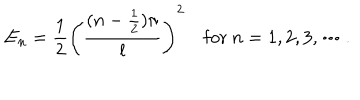
LaTeX: E _ { n } = \frac { 1 } { 2 } \left( \frac { ( n - \frac { 1 } { 2 } ) \pi } { l } \right) ^ { 2 } ~ \mathrm { f o r } ~ n = 1 , 2 , 3 , \cdots .